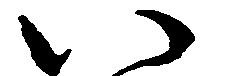
い